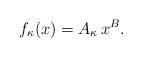
LaTeX: \begin{align*} f_\kappa(x) = A_\kappa \, x^B .\end{align*}